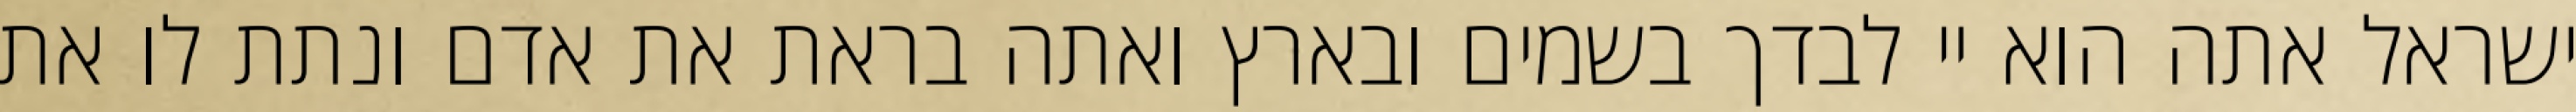
ישראל אתה הוא יי לבדך בשמים ובארץ ואתה בראת את אדם ונתת לו את